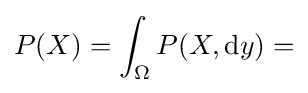
P(X)=\int _{\Omega }P(X,\mathrm {d} y)=